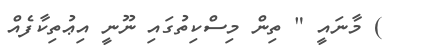
) މާނައީ " ތިން މިސްކިތުގައި ނޫނީ އިޢުތިކާފެއް